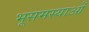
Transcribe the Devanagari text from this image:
भूसमस्याओं